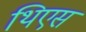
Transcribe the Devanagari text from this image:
थिएस